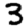
Digit: 3